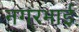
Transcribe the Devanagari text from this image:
नगरभाई